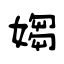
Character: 媰